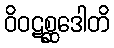
ဝိဝဋစ္ဆဒေါတိ